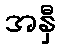
အနှီ